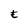
Character: E